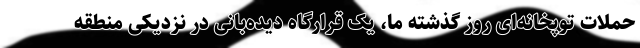
حملات توپخانه‌ای روز گذشته ما، یک قرارگاه دیده‌بانی در نزدیکی منطقه